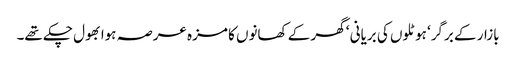
بازار کے برگر‘ ہوٹلوں کی بریانی ‘ گھر کے کھانوں کا مزہ عرصہ ہوا بھول چکے تھے۔